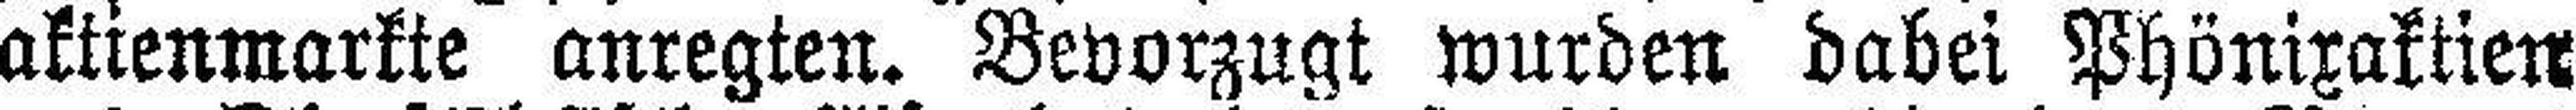
aktienmarkte anregten. Bevorzugt wurden dabei Phönixaktien